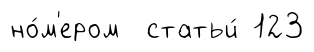
но́м'ером статьи́ 123